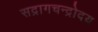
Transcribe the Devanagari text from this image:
सद्रागचन्द्रोदय